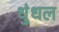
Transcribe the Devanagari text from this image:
धुंधल